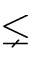
\lneq